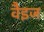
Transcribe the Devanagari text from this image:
वैइज